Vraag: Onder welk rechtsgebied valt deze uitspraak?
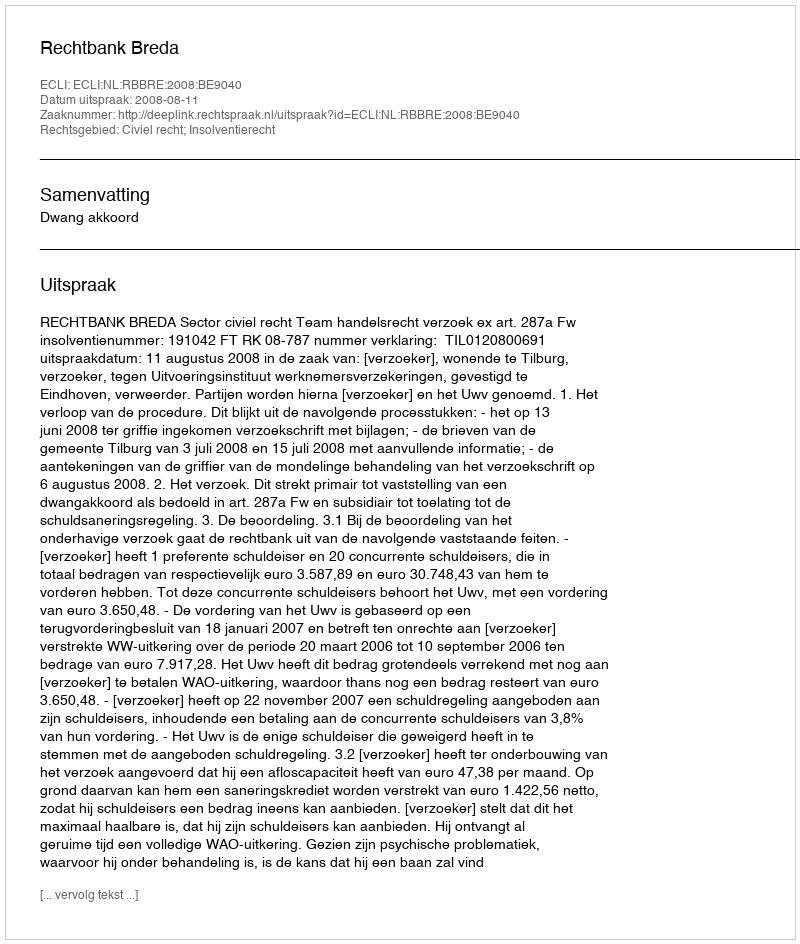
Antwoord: Civiel recht; Insolventierecht